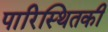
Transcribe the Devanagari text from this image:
पारिस्थितकी